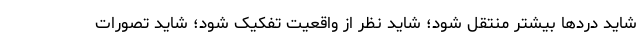
شاید دردها بیشتر منتقل شود؛ شاید نظر از واقعیت تفکیک شود؛ شاید تصورات